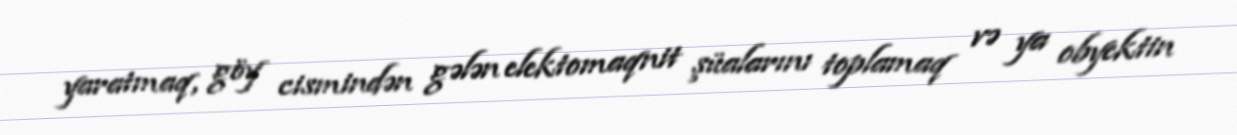
yaratmaq, göy cismindən gələn elektomaqnit şüalarını toplamaq və ya obyektin